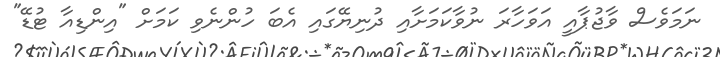
ނަމަވެސް ވާޖުޕާއީ އަވަހާރަ ނުވާކަމަށާއި ދުނިޔޭގައި އެބަ ހުންނެވި ކަމަށް "އިންޑިއާ ޓުޑޭ"